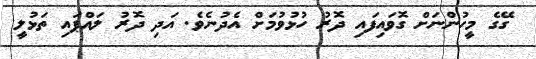
ގޭގެ މީހުންނަށް ގޮވައިފައި ދޮރު ހުޅުވުމަށް އެދުނެވެ. އަދި ދޮރު ލައްޕައި ތަޅުލީ